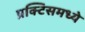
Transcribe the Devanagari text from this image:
प्रक्टिसमध्ये